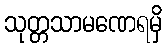
သုတ္တသာမဏေရမှိ